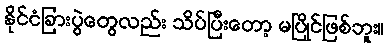
နိုင်ငံခြားပွဲတွေလည်း သိပ်ပြီးတော့ မပြိုင်ဖြစ်ဘူး။